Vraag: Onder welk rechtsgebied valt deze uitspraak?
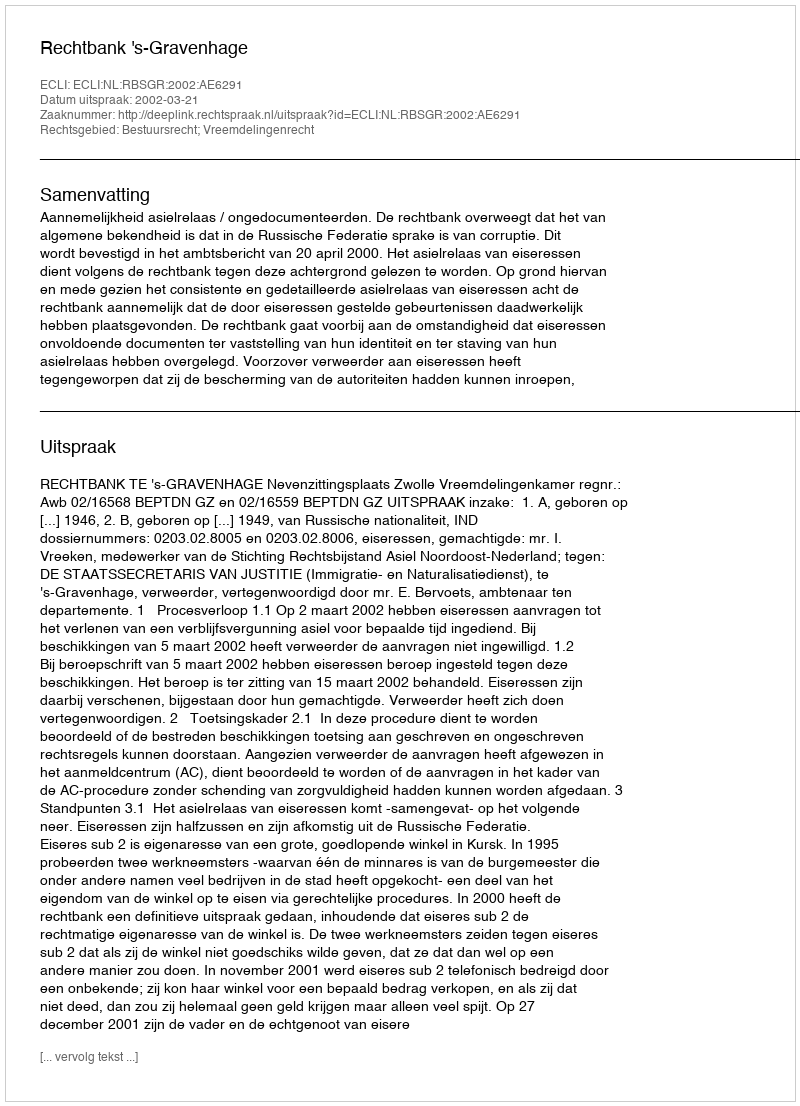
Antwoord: Bestuursrecht; Vreemdelingenrecht